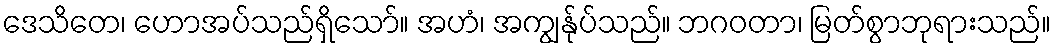
ဒေသိတေ၊ ဟောအပ်သည်ရှိသော်။ အဟံ၊ အကျွန်ုပ်သည်။ ဘဂဝတာ၊ မြတ်စွာဘုရားသည်။